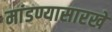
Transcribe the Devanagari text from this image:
मांडण्यासारखे